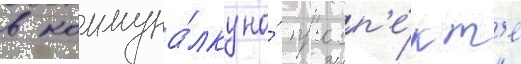
в коммуна́лку на́ просп'е́кт'е